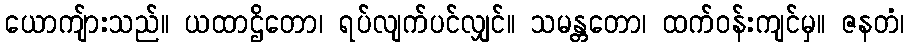
ယောကျ်ားသည်။ ယထာဌိတော၊ ရပ်လျက်ပင်လျှင်။ သမန္တတော၊ ထက်ဝန်းကျင်မှ။ ဇနတံ၊